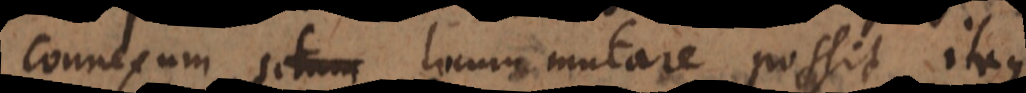
connexum situm locum mutare possit. Itaque